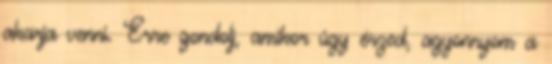
akarja venni. Erre gondolj, amikor úgy érzed, agyonnyom a